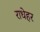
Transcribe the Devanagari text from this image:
राधेहर